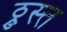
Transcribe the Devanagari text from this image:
ठ्रुस्त